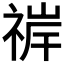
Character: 𬓀